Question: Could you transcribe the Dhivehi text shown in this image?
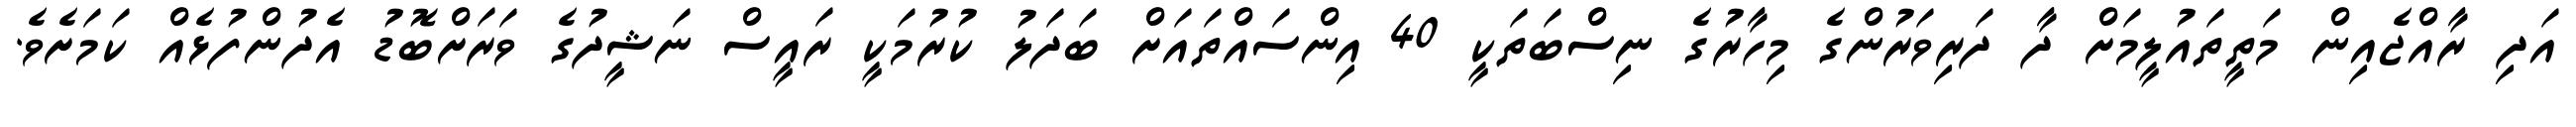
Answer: އަދި ރާއްޖެއިން މަތީތައުލީމަށް ދާ ދަރިވަރުންގެ މިހާރުގެ ނިސްބަތަކީ 40 އިންސައްތައަށް ބަދަލު ކުރުމަކީ ރައީސް ނަޝީދުގެ ވަރަށްބޮޑު އެދުންފުޅެއް ކަމަށެވެ.